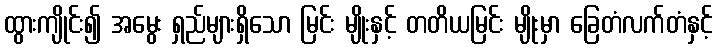
ထွားကျိုင်း၍ အမွေး ရှည်များရှိသော မြင်း မျိုးနှင့် တတိယမြင်း မျိုးမှာ ခြေတံလက်တံနှင့်